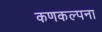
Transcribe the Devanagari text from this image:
कणकल्पना